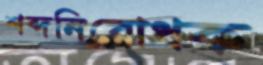
শব্দনিরোধক